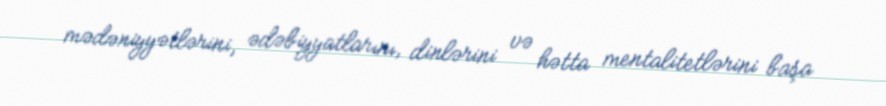
mədəniyyətlərini, ədəbiyyatlarını, dinlərini və hətta mentalitetlərini başa